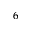
6